Civil Veterinary Dept. Assam report 1927-50 - 1927-1950
Year: 1927
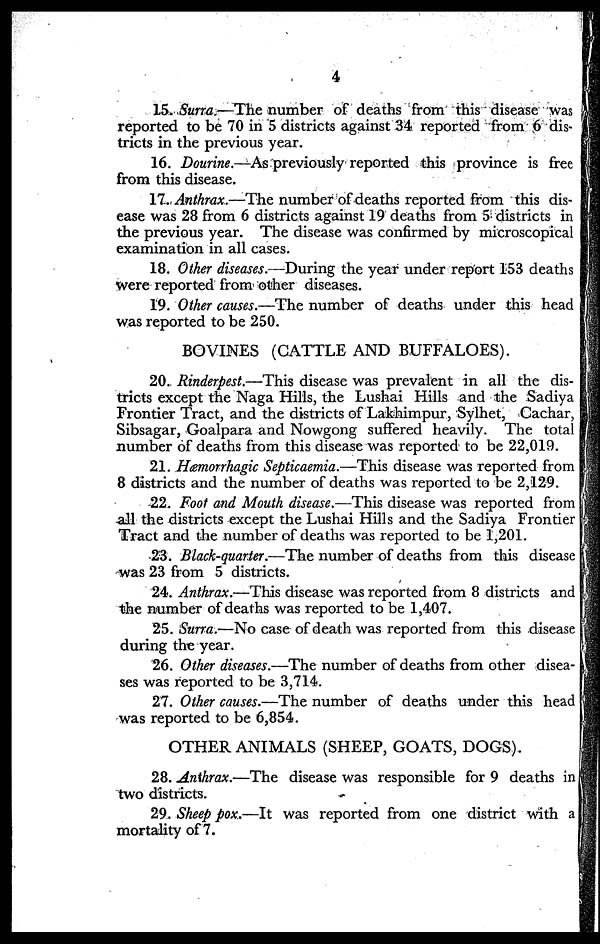
4
15. Surra —The number of deaths from this disease was
reported to be 70 in 5 districts against 34 reported from 6 dis-
tricts in the previous year.
16. Dourine.—As previously reported this province is free
from this disease.
17. Anthrax.—The number of deaths reported from this dis-
ease was 28 from 6 districts against 19 deaths from 5 districts in
the previous year. The disease was confirmed by microscopical
examination in all cases.
18. Other diseases.—During the year under report 153 deaths
were reported from other diseases.
19. Other causes.—The number of deaths under this head
was reported to be 250.
BOVINES (CATTLE AND BUFFALOES).
20. Rinderpest.—This disease was prevalent in all the dis-
tricts except the Naga Hills, the Lushai Hills and the Sadiya
Frontier Tract, and the districts of Lakhimpur, Sylhet, Cachar,
Sibsagar, Goalpara and Nowgong suffered heavily. The total
number of deaths from this disease was reported to be 22,019.
21. Hæmorrhagic Septicæmia.—This disease was reported from
8 districts and the number of deaths was reported to be 2,129.
22. Foot and Mouth disease.—This disease was reported from
all the districts except the Lushai Hills and the Sadiya Frontier
Tract and the number of deaths was reported to be 1,201.
23. Black-quarter.—The number of deaths from this disease
was 23 from 5 districts.
24. Anthrax.—This disease was reported from 8 districts and
the number of deaths was reported to be 1,407.
25. Surra.—No case of death was reported from this disease
during the year.
26. Other diseases.—The number of deaths from other disea-
ses was reported to be 3,714.
27. Other causes.—The number of deaths under this head
was reported to be 6,854.
OTHER ANIMALS (SHEEP, GOATS, DOGS).
28. Anthrax.—The disease was responsible for 9 deaths in
two districts.
29. Sheep pox,—It was reported from one district with a
mortality of 7.